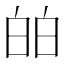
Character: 㿟